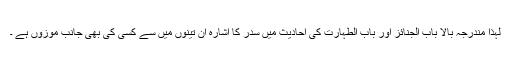
لہٰذا مندرجہ بالا باب الجنائز اور باب الطہارت کی احادیث میں سدر کا اشارہ ان تینوں میں سے کسی کی بھی جانب موزوں ہے ۔